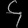
Digit: ၄